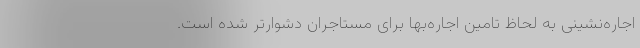
اجاره‌نشینی به لحاظ تامین اجاره‌بها برای مستاجران دشوارتر شده است.